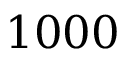
1 0 0 0